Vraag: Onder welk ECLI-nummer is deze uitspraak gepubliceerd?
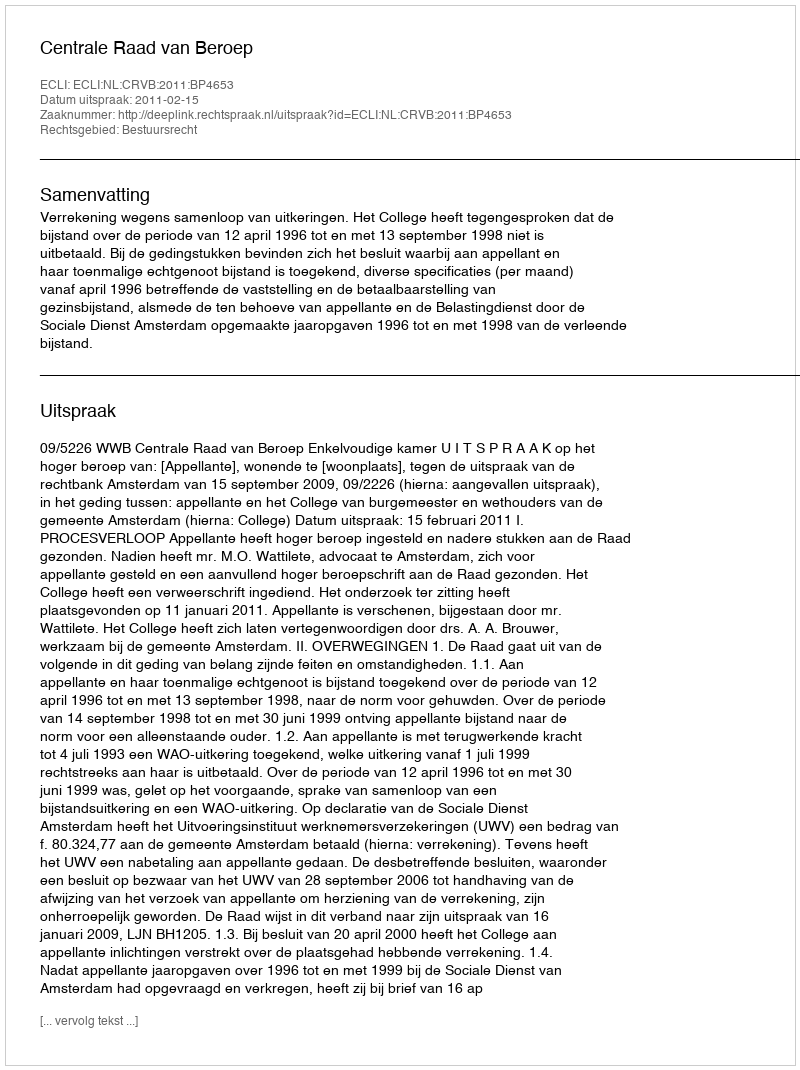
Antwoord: ECLI:NL:CRVB:2011:BP4653